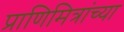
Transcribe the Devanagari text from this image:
प्राणिमित्रांच्या